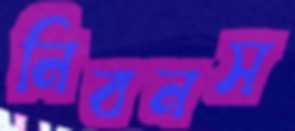
নিবনস